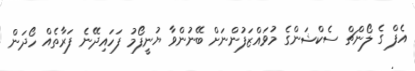
އެފް ގެ ލޯންޗް ސެކްޝަންގެ މުވައްޒަފުންނަށް ބޭނުންވާ ޔުނީފޯމު ފަހައިދޭނެ ފަރާތެއް ހޯދަން